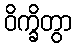
ဝိက္ခိတွာ